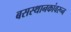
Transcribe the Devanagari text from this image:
बसस्थानकांवरून